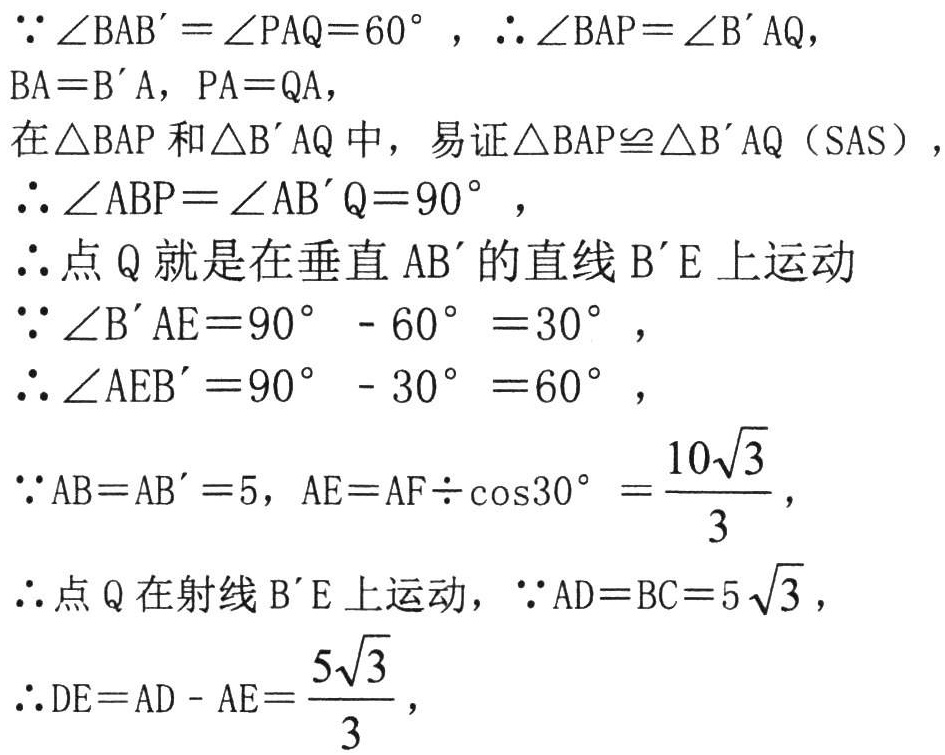
\(\because\angle BAB'=\angle PAQ = 60^{\circ}\)，\(\therefore\angle BAP=\angle B'AQ\)，
\(BA = B'A\)，\(PA = QA\)，
在\(\triangle BAP\)和\(\triangle B'AQ\)中，易证\(\triangle BAP\cong\triangle B'AQ\)（SAS），
\(\therefore\angle ABP=\angle AB'Q = 90^{\circ}\)，
\(\therefore\)点 \(Q\) 就是在垂直 \(AB'\)的直线 \(B'E\)上运动
\(\because\angle B'AE = 90^{\circ}-60^{\circ}=30^{\circ}\)，
\(\therefore\angle AEB' = 90^{\circ}-30^{\circ}=60^{\circ}\)，
\(\because AB = AB' = 5\)，\(AE = AF\div\cos30^{\circ}=\frac{10\sqrt{3}}{3}\)，
\(\therefore\)点 \(Q\) 在射线 \(B'E\)上运动，\(\because AD = BC = 5\sqrt{3}\)，
\(\therefore DE = AD - AE=\frac{5\sqrt{3}}{3}\)，